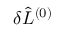
\delta \hat { L } ^ { ( 0 ) }